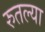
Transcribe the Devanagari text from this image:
रुतल्या